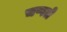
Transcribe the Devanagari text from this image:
चप्पले